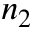
n _ { 2 }